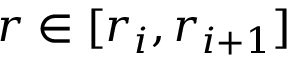
r \in [ r _ { i } , r _ { i + 1 } ]